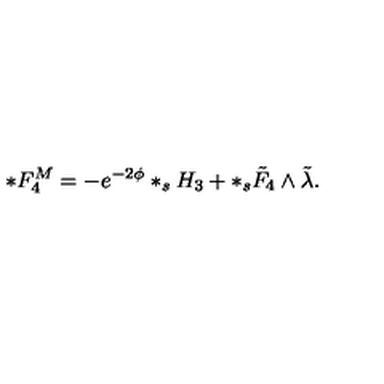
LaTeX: * F _ { 4 } ^ { M } = - e ^ { - 2 \phi } * _ { s } H _ { 3 } + * _ { s } \tilde { F } _ { 4 } \wedge \tilde { \lambda } .